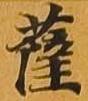
薩